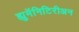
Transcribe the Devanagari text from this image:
ह्युमॅनिटिरीअन